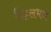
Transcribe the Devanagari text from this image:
विट्टलभाई